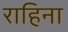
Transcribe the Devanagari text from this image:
राहिना